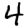
Digit: 4